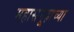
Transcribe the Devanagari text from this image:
महासमूहाच्या